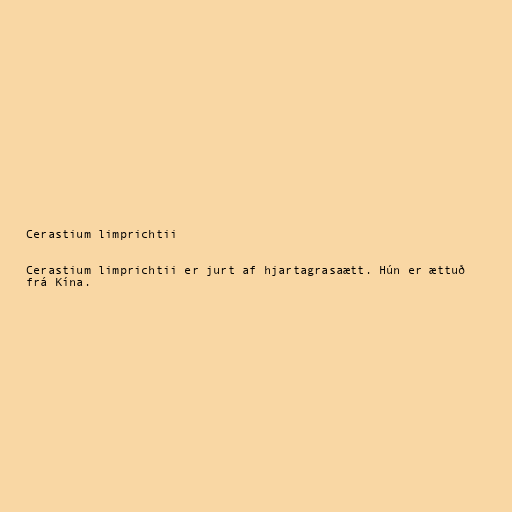
Cerastium limprichtii

Cerastium limprichtii er jurt af hjartagrasaætt. Hún er ættuð
frá Kína.